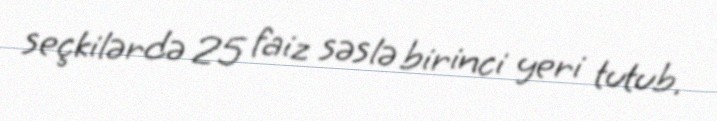
seçkilərdə 25 faiz səslə birinci yeri tutub.